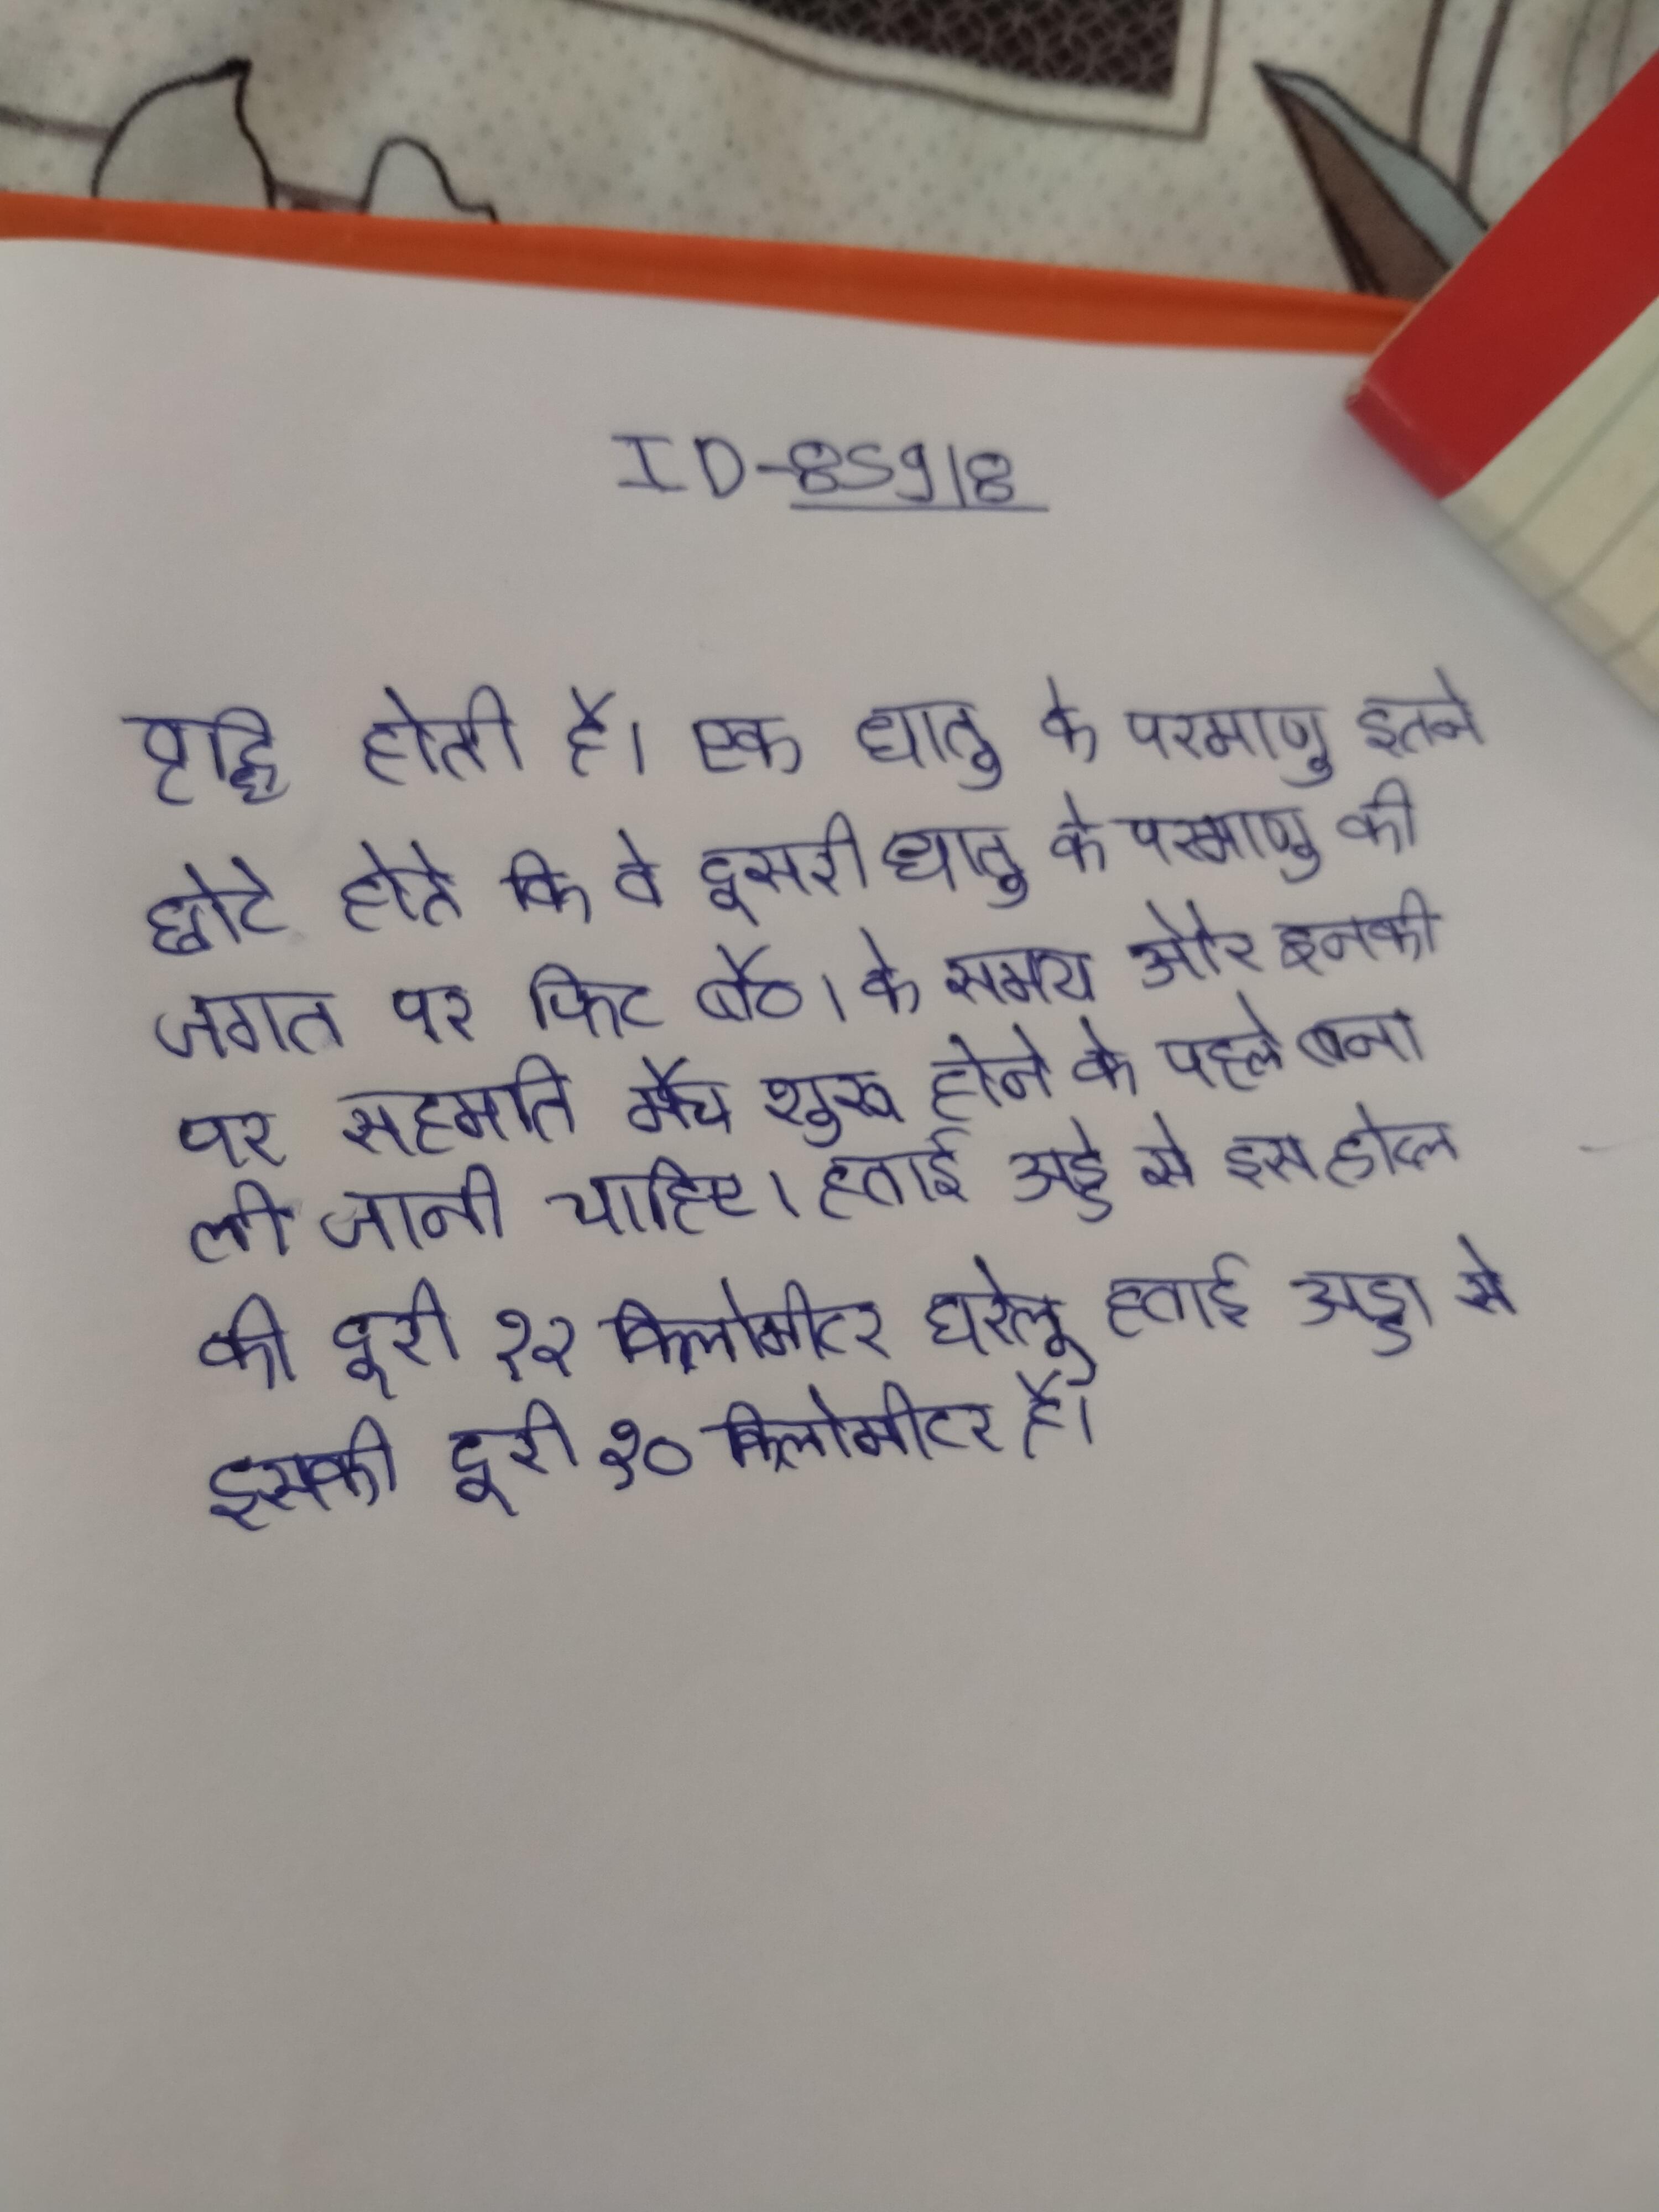
वृद्धि होती है । एक धातु के परमाणु इतने छोटे होते कि वे दूसरी धातु के परमाणु की जगह पर फिट बैठ । के समय और इनकी पर सहमति मैच शुरू होने के पहले बना ली जानी चाहिए । हवाई अड्डे से इस होटल की दूरी १२ किलोमीटर घरेलु हवाई अड्डा से इसकी दूरी १० किलोमीटर है ।